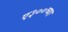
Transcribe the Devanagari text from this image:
ए३००च्या